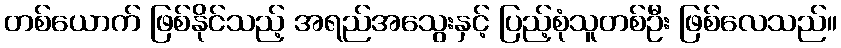
တစ်ယောက် ဖြစ်နိုင်သည့် အရည်အသွေးနှင့် ပြည့်စုံသူတစ်ဦး ဖြစ်လေသည်။